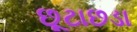
છૂટાછડા